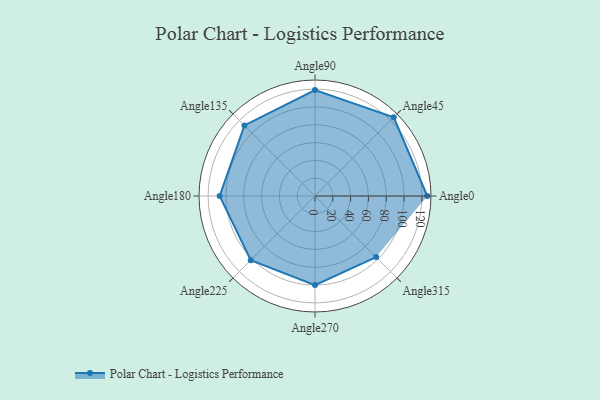
{"axis": {"x": "Angle", "y": "Radius"}, "legend": [""], "data": [{"x": "Angle0", "y": 126.0, "type": ""}, {"x": "Angle45", "y": 125.0, "type": ""}, {"x": "Angle90", "y": 119.0, "type": ""}, {"x": "Angle135", "y": 112.0, "type": ""}, {"x": "Angle180", "y": 107.0, "type": ""}, {"x": "Angle225", "y": 102.0, "type": ""}, {"x": "Angle270", "y": 100.0, "type": ""}, {"x": "Angle315", "y": 97.0, "type": ""}]}